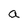
Character: a